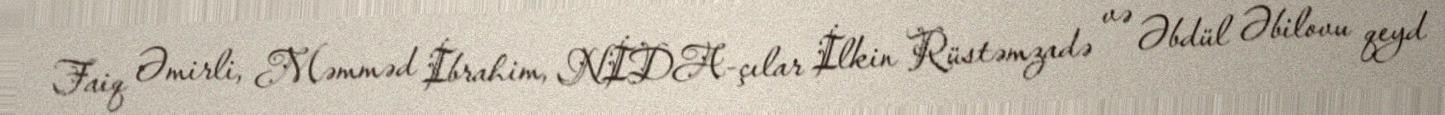
Faiq Əmirli, Məmməd İbrahim, NİDA-çılar İlkin Rüstəmzadə və Əbdül Əbilovu qeyd